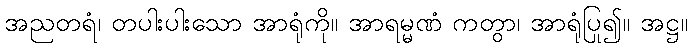
အညတရံ၊ တပါးပါးသော အာရုံကို။ အာရမ္မဏံ ကတွာ၊ အာရုံပြု၍။ အဋ္ဌ။